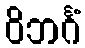
ဝိဘင်္ဂံ